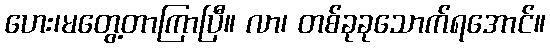
ဟေး၊မတွေ့တာကြာပြီ။ လာ၊ တစ်ခုခုသောက်ရအောင်။